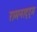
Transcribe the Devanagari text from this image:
रामनाट्ट्म